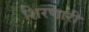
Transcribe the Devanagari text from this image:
शिरणारी